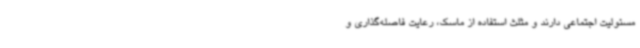
مسئولیت اجتماعی دارند و مثلث استفاده از ماسک، رعایت فاصله‌گذاری و